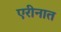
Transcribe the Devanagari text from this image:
एरीनात